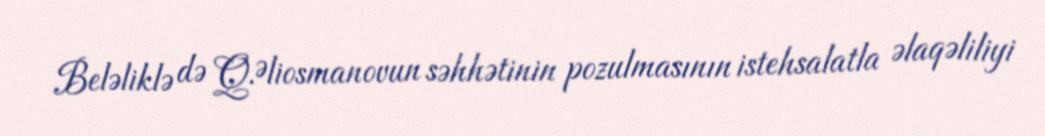
Beləliklə də Q.Əliosmanovun səhhətinin pozulmasının istehsalatla əlaqəliliyi